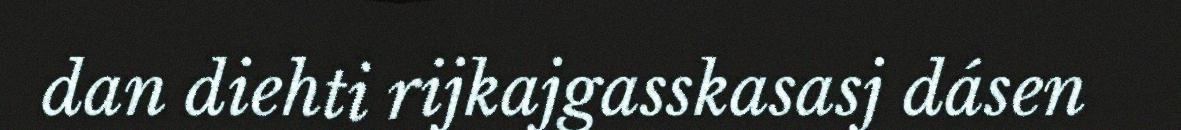
dan diehti rijkajgasskasasj dásen